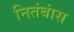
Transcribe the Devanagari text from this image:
नितंबांस